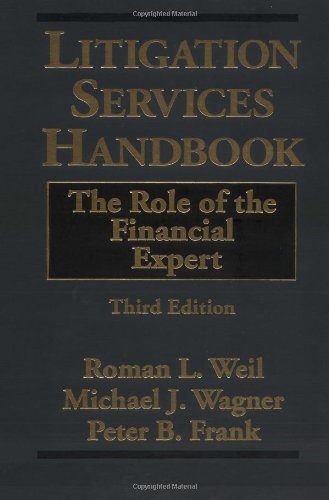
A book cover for Litigation Services Handbook: The Role of the Financial Expert; Roman L. Weil; Law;